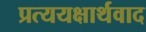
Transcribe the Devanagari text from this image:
प्रत्ययक्षार्थवाद